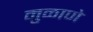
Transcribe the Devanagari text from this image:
मुळाणे